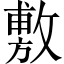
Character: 敷